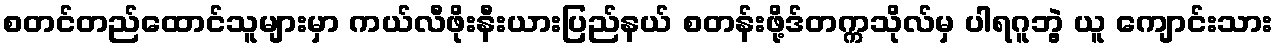
စတင်တည်ထောင်သူများမှာ ကယ်လီဖိုးနီးယားပြည်နယ် စတန်းဖို့ဒ်တက္ကသိုလ်မှ ပါရဂူဘွဲ့ ယူ ကျောင်းသား